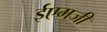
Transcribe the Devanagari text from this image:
ईएमजी